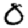
Digit: 0